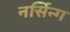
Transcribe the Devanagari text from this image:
नर्सिन्ग